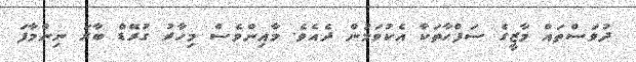
ދުވަސްތައް މާޒީގެ ސަފްހާތަކާ އެކުވަމުން ދެއެވެ. މާއިންވެސް މިހާރު ގުރޭޑް ބާރަ ނިންމާފަ